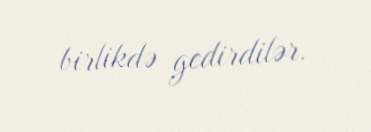
birlikdə gedirdilər.